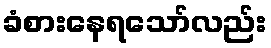
ခံစားနေရသော်လည်း